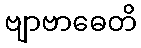
ဗျာဗာဓေတိ